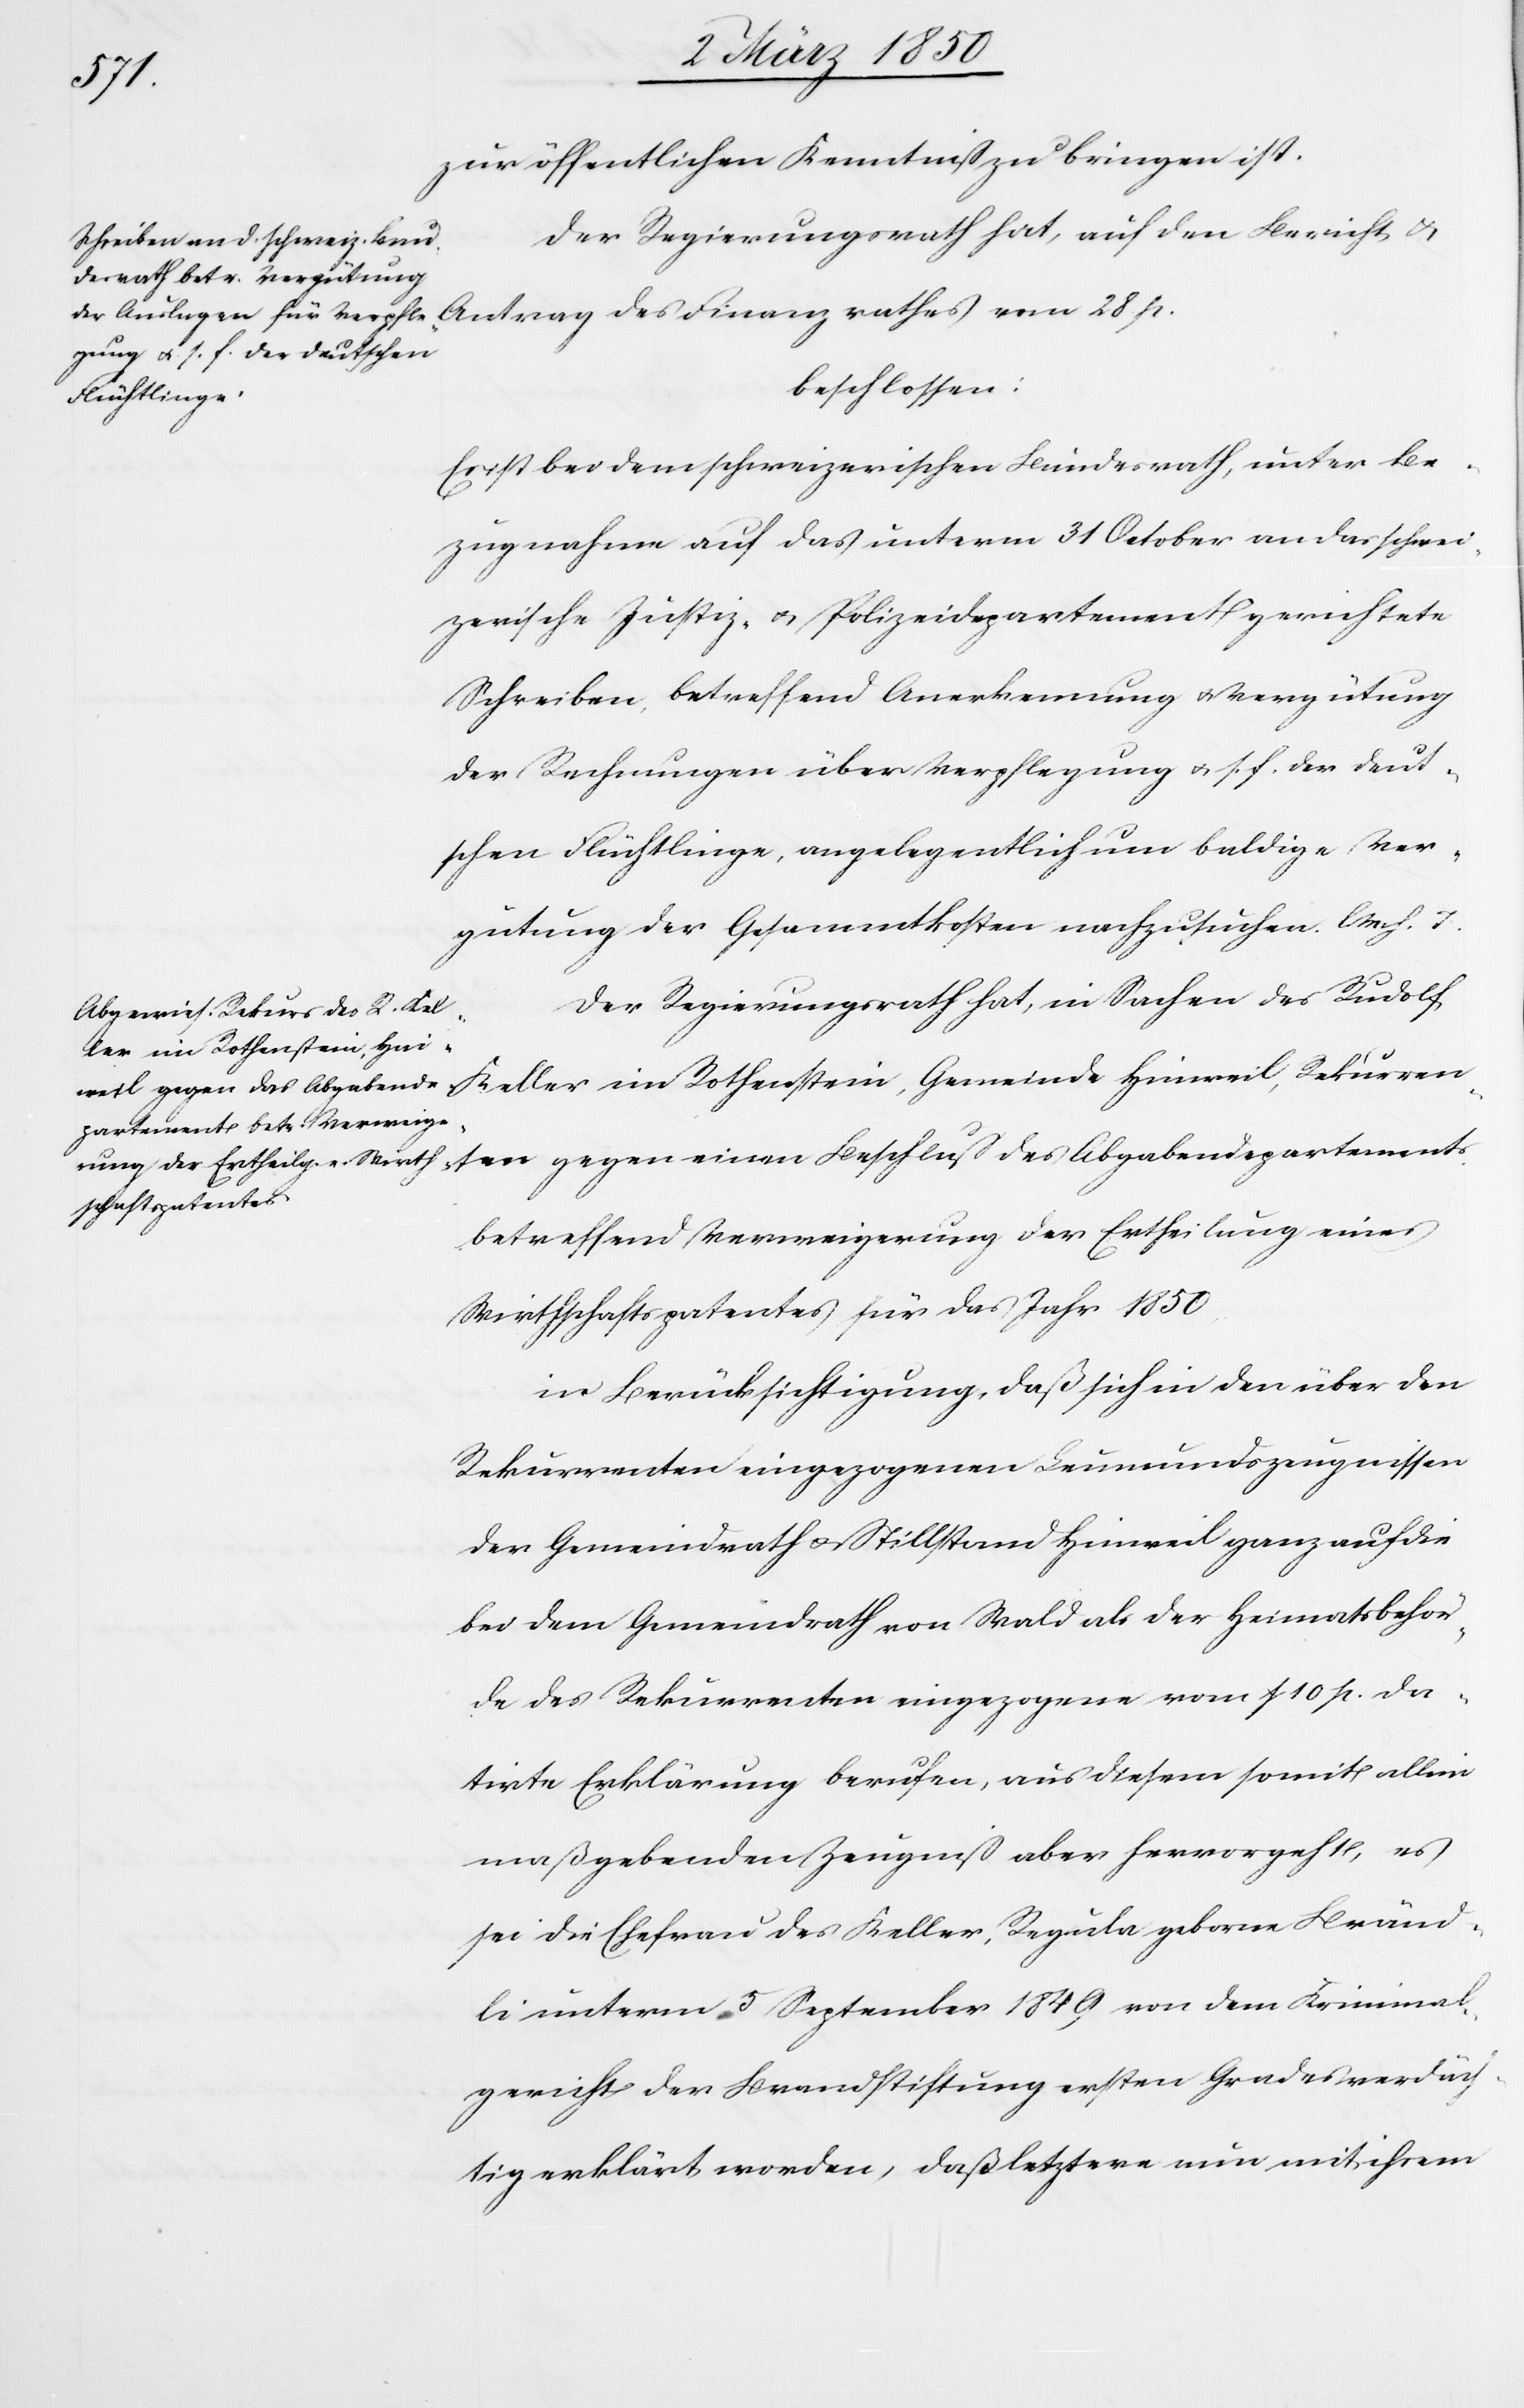
zur öffentlichen Kenntniß zu bringen ist.
Der Regierungsrath hat, auf den Bericht u.
beschlossen:
partements
Es ist bei dem schweizerischen Bundesrath, unter Be¬
zugnahme auf das unterm 31 October an das schwei¬
zerische Justiz- u. Polizeidepartement gerichtete
Schreiben, betreffend Anerkennung u. Vergütung
der Rechnungen über Verpflegung u. s. f. der deut¬
schen Flüchtlinge, angelegentlich um baldige Ver¬
gütung der Gesammtkosten nachzusuchen. l. M. h. T.
Der Regierungsrath hat, in Sachen des Rudolf
betreffend Verweigerung der Ertheilung eines
Wirthschaftspatentes für das Jahr 1850
in Berücksichtigung, daß sich in den über den
Rekurrenten eingezogenen Leumundszeugnissen
der Gemeindrath u. Stillstand Hinweil ganz auf die
bei dem Gemeindrath von Wald als der Heimatsbehör¬
de des Rekurrenten eingezogene vom 10 p. da¬
tirte Erklärung berufen, aus diesem somit allein
maßgebenden Zeugniß aber hervorgeht, es
sei die Ehefrau des Keller, Regula geborne Bränd¬
li unterm 5 September 1849 von dem Kriminal¬
gericht der Brandstiftung ersten Grades verdäch¬
tig erklärt worden, daß letztere nun mit ihrem